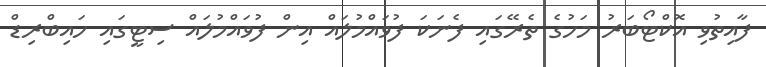
ފާއިތުވި އޮކްޓޯބަރު މަހުގެ ތެރޭގައި ފެނަކަ ފުވައްމުލައް އިން ފުވައްމުލައް ސިޓީގައި ހައިބްރިޑް